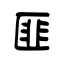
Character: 匪